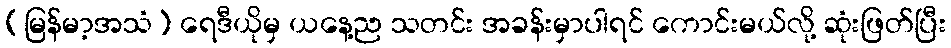
(မြန်မာ့အသံ) ရေဒီယိုမှ ယနေ့ည သတင်း အခန်းမှာပါရင် ကောင်းမယ်လို့ ဆုံးဖြတ်ပြီး